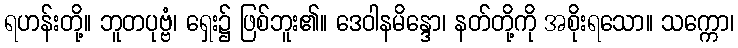
ရဟန်းတို့။ ဘူတပုဗ္ဗံ၊ ရှေး၌ ဖြစ်ဘူး၏။ ဒေဝါနမိန္ဒော၊ နတ်တို့ကို အစိုးရသော။ သက္ကော၊